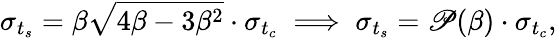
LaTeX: \sigma_{t_{s}}={\beta\sqrt{4\beta-3\beta^{2}}}\cdot\sigma_{t_{c}}\implies\sigma_{t_{s}}=\mathscr{P}(\beta)\cdot\sigma_{t_{c}},